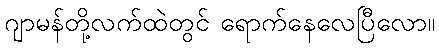
ဂျာမန်တို့လက်ထဲတွင် ရောက်နေလေပြီလော။